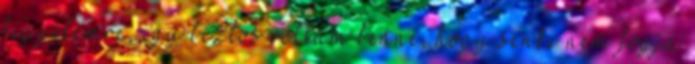
figyelemre, így biztos voltam benne, hogy senki nem fogja